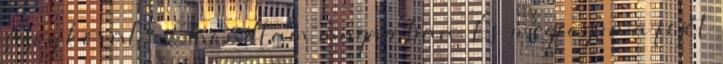
szög körül" - mondtam magamban. És megfogva a fejét